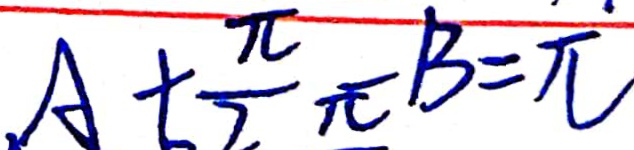
A + \frac { \pi } { 2 } + B = \pi